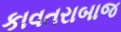
કાવતરાબાજ